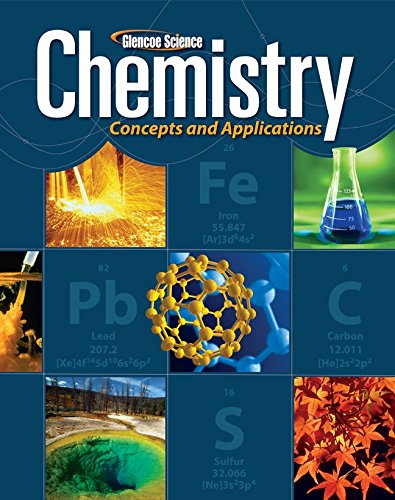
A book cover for Chemistry: Concepts & Applications, Student Edition; McGraw-Hill Education; Children's Books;